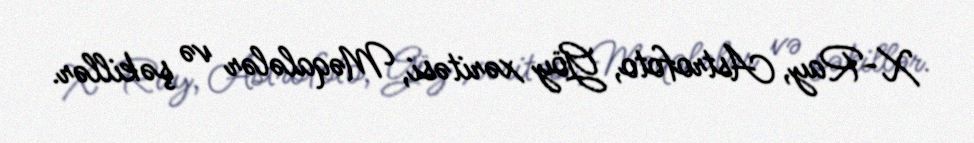
X-Ray, Astrofoto, Göy xəritəsi, Məqalələr və şəkillər.